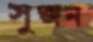
সুজন